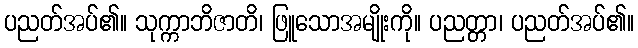
ပညတ်အပ်၏။ သုက္ကာဘိဇာတိ၊ ဖြူသောအမျိုးကို။ ပညတ္တာ၊ ပညတ်အပ်၏။